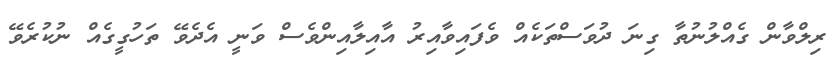
ރިލްވާން ގެއްލުނުތާ ގިނަ ދުވަސްތަކެއް ވެފައިވާއިރު އާއިލާއިންވެސް ވަނީ އެދެވޭ ތަހުގީގެއް ނުކުރެވޭ